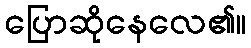
ပြောဆိုနေလေ၏။